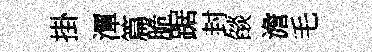
掛潭篇脆踞封燄澹毛